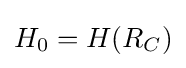
{{H}_{0}}=H({{R}_{C}})